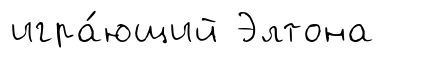
игра́ющий Элтона